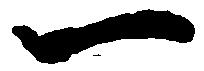
一